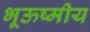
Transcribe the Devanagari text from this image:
भूऊष्मीय